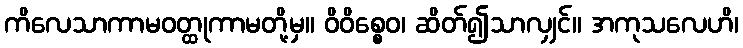
ကိလေသာကာမဝတ္ထုကာမတို့မှ။ ဝိဝိစ္စေဝ၊ ဆိတ်၍သာလျှင်။ အကုသလေဟိ၊